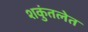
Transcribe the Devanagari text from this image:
शकुंतलेत